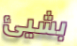
بشيئ